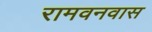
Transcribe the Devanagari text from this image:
रामवनवास